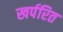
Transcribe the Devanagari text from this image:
खर्परित